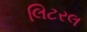
લિટરલ